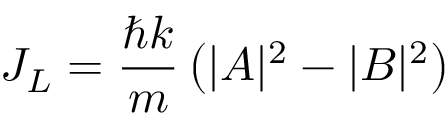
J _ { L } = { \frac { \hbar k } { m } } \left( | A | ^ { 2 } - | B | ^ { 2 } \right)